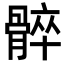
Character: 𩩠